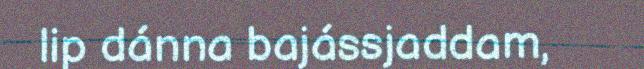
lip dánna bajássjaddam,